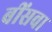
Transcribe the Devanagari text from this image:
बींसवा